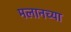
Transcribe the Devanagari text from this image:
मलानच्या